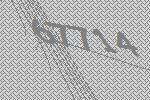
67714